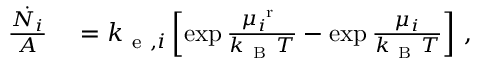
\begin{array} { r l } { \frac { \dot { N _ { i } } } { A } } & { { } = k _ { \mathrm { ~ e ~ } , i } \left[ \exp { \frac { \mu _ { i } ^ { \mathrm { ~ r ~ } } } { k _ { \mathrm { ~ B ~ } } T } } - \exp { \frac { \mu _ { i } } { k _ { \mathrm { ~ B ~ } } T } } \right] \, , } \end{array}